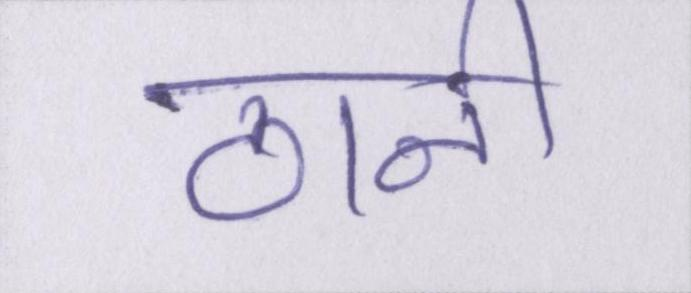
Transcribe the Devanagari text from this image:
ठानी।